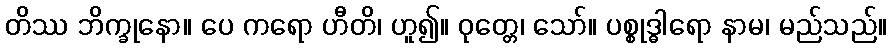
တိဿ ဘိက္ခုနော။ ပေ ကရော ဟီတိ၊ ဟူ၍။ ဝုတ္တေ၊ သော်။ ပစ္စုဒ္ဓါရော နာမ၊ မည်သည်။